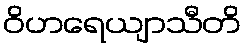
ဝိဟရေယျာသီတိ